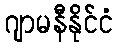
ဂျာမနီနိုင်ငံ